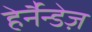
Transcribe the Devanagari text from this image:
हेर्नैन्डेज़